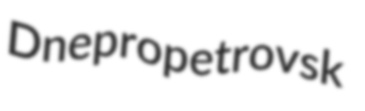
Dnepropetrovsk